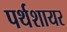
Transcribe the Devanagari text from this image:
पर्थशायर